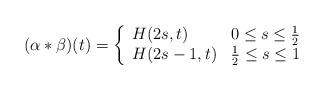
LaTeX: \begin{align*}(\alpha \ast \beta) (t) = \left\{ \begin{array}{ll} H(2s,t) & \mbox{$0\leq s \leq {1\over 2}$ } \\ H(2s -1,t) & \mbox{${1\over 2}\leq s \leq 1$} \end{array}\right.\end{align*}